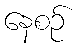
နေစဉ်